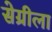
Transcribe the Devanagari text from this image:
सेग्रीला